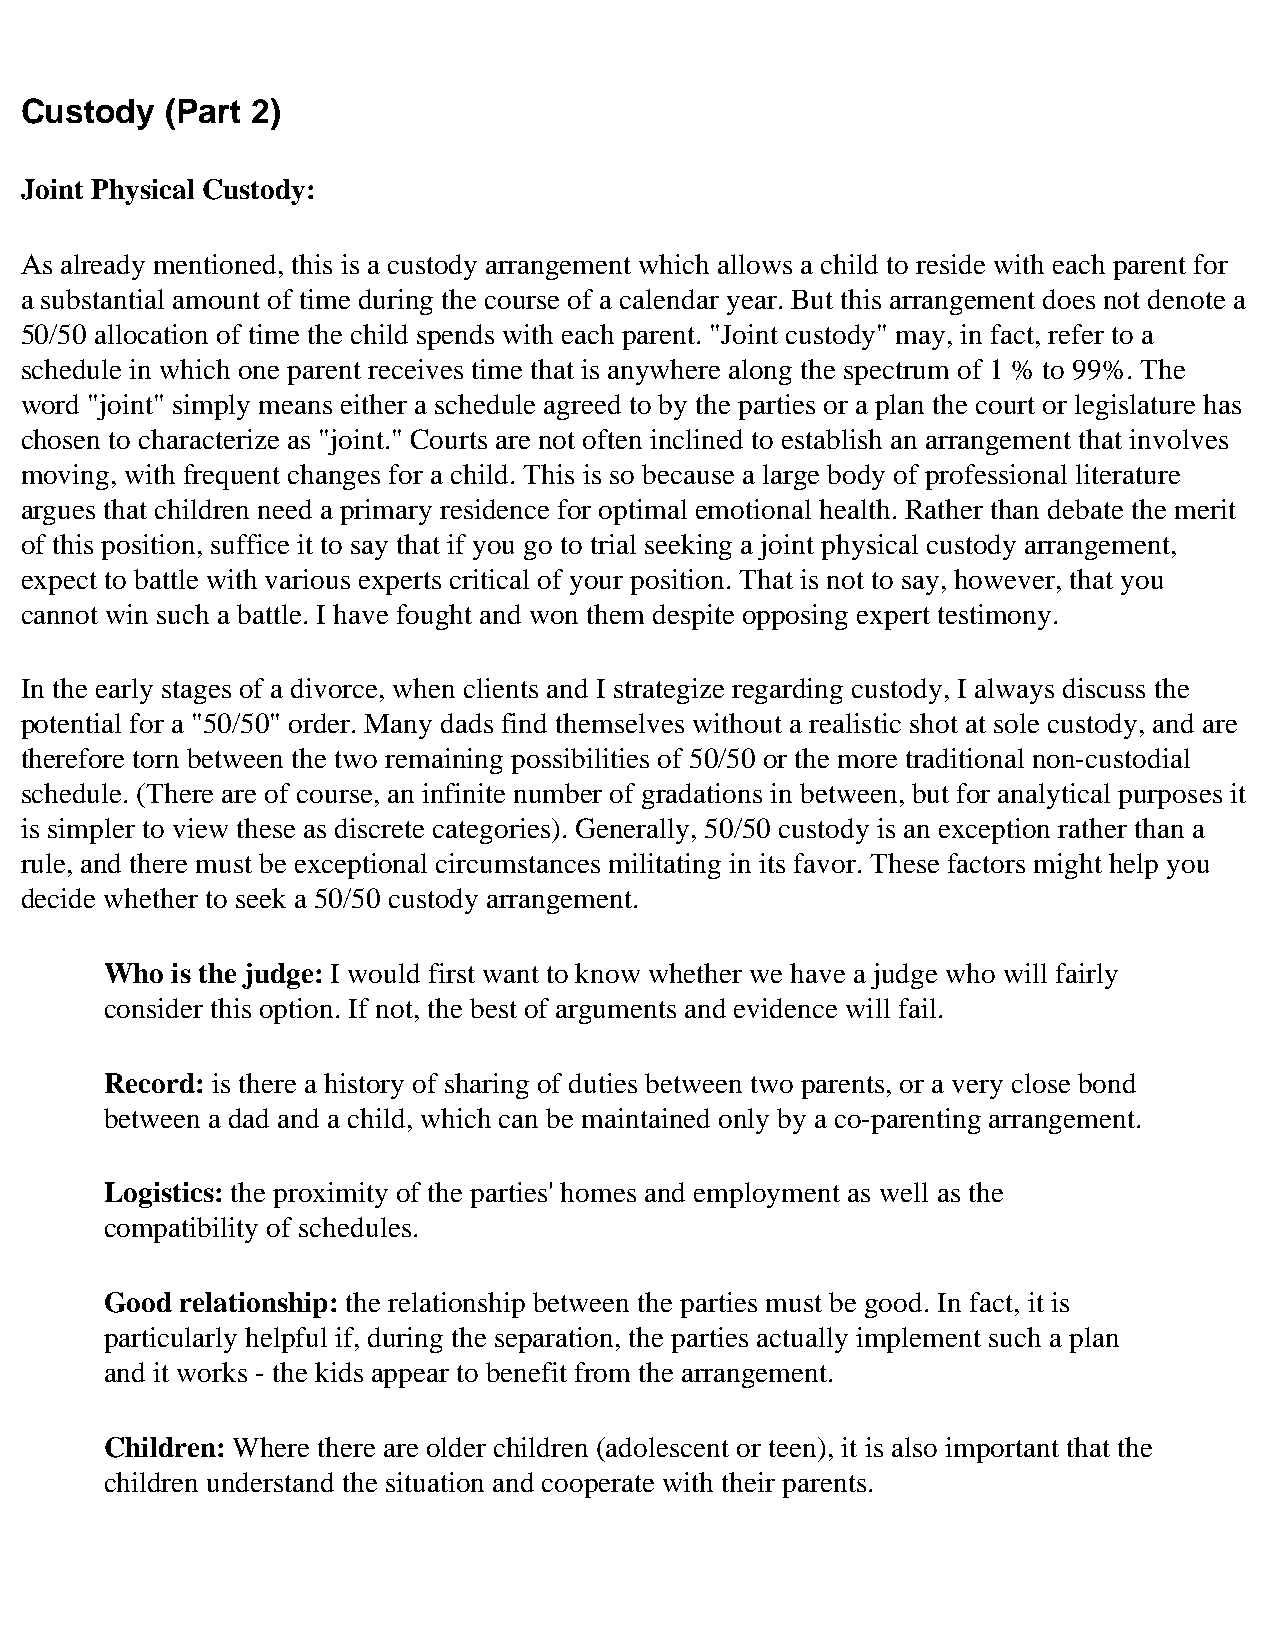
Custody   (Part 2)
 Joint Physical Custody:
 As already mentioned, this is a custody arrangement which allows a child to reside with each parent for
 a substantial amount of time during the course of a calendar year. But this arrangement does not denote a
 50/50 allocation of time the child spends with each parent. "Joint custody" may, in fact, refer to a
 schedule in which one parent receives time that is anywhere along the spectrum of 1 % to 99%. The
 word "joint" simply means either a schedule agreed to by the parties or a plan the court or legislature has
 chosen to characterize as "joint." Courts are not often inclined to establish an arrangement that involves
 moving, with frequent changes for a child. This is so because a large body of professional literature
 argues that children need a primary residence for optimal emotional health. Rather than debate the merit
 of this position, suffice it to say that if you go to trial seeking a joint physical custody arrangement,
 expect to battle with various experts critical of your position. That is not to say, however, that you
 cannot win such a battle. I have fought and won them despite opposing expert testimony.
 In the early stages of a divorce, when clients and I strategize regarding custody, I always discuss the
 potential for a "50/50" order. Many dads find themselves without a realistic shot at sole custody, and are
 therefore torn between the two remaining possibilities of 50/50 or the more traditional non-custodial
 schedule. (There are of course, an infinite number of gradations in between, but for analytical purposes it
 is simpler to view these as discrete categories). Generally, 50/50 custody is an exception rather than a
 rule, and there must be exceptional circumstances militating in its favor. These factors might help you
 decide whether to seek a 50/50 custody arrangement.
 Who is the judge: I would first want to know whether we have a judge who will fairly
 consider this option. If not, the best of arguments and evidence will fail.
 Record: is there a history of sharing of duties between two parents, or a very close bond
 between a dad and a child, which can be maintained only by a co-parenting arrangement.
 Logistics: the proximity of the parties' homes and employment as well as the
 compatibility of schedules.
 Good relationship: the relationship between the parties must be good. In fact, it is
 particularly helpful if, during the separation, the parties actually implement such a plan
 and it works - the kids appear to benefit from the arrangement.
 Children: Where there are older children (adolescent or teen), it is also important that the
 children understand the situation and cooperate with their parents.